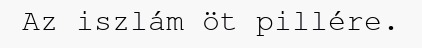
Az iszlám öt pillére.